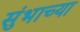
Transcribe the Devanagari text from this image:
सुंभाच्या